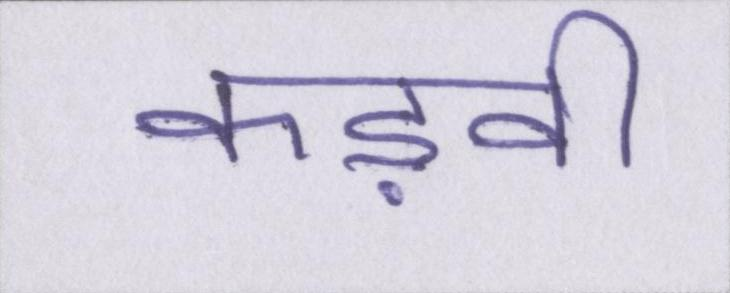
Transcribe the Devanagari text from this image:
कड़वी